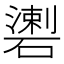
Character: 𥖍